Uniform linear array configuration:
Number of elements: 32
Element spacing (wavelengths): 0.25
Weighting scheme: blackman
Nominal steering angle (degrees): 0
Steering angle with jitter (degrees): -0.9579
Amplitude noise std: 0.05
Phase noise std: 0.05

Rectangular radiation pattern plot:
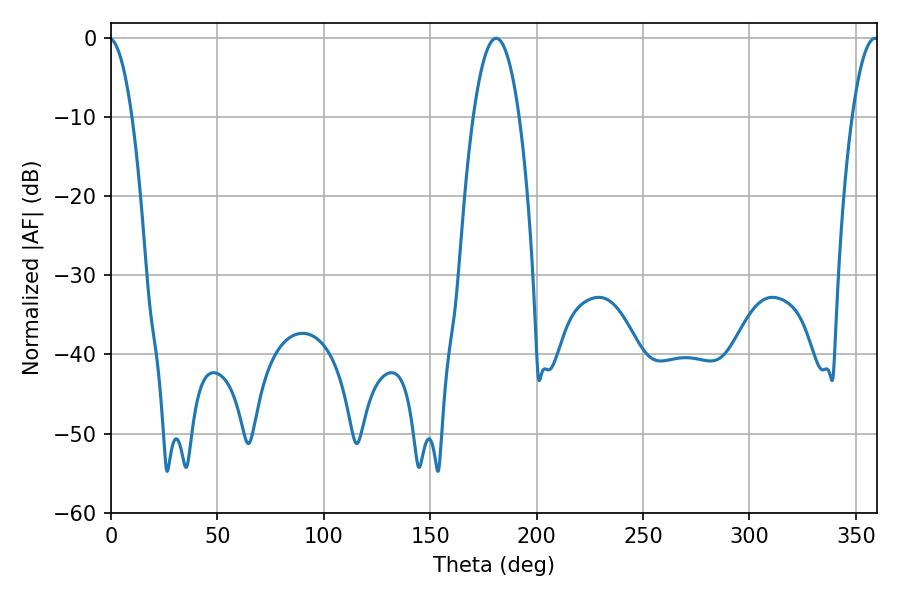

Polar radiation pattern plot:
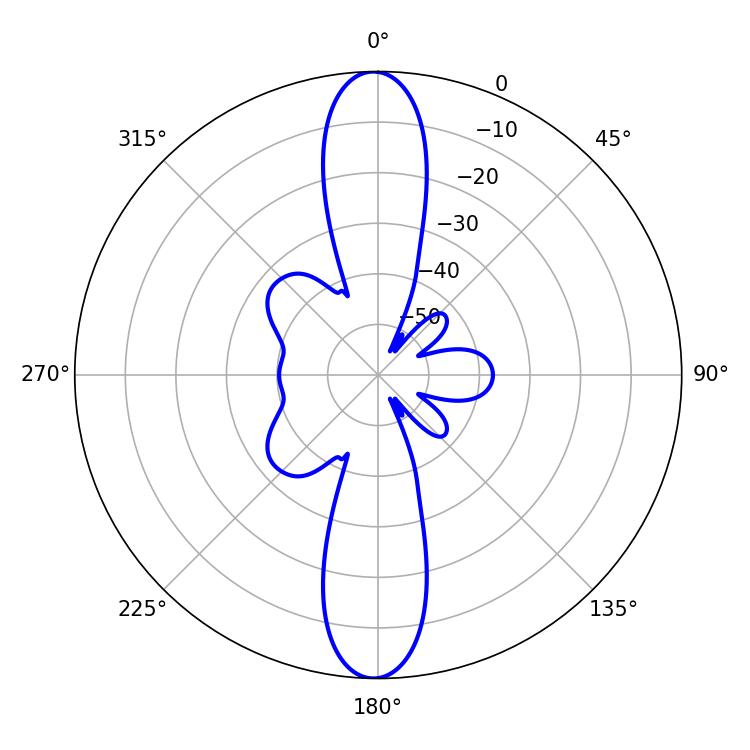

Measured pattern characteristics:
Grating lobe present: FALSE
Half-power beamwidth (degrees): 12.06
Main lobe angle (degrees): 180.9